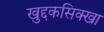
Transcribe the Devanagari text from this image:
खुद्दकसिक्खा